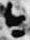
今